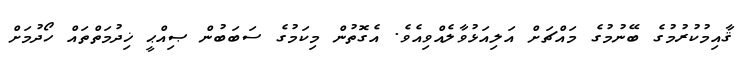
ޤާއިމުކުރުމުގެ ބޭނުމުގެ މައްޗަށް އަލިއަޅުވާލެއްވިއެވެ. އެގޮތުން މިކަމުގެ ސަބަބުން ޞިއްޙީ ޚިދުމަތްތައް ހޯދުމަށް